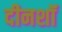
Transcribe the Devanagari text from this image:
दीनशॉ